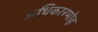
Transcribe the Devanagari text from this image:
अधिकारमोह